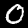
Label: 0